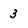
Character: 3